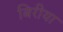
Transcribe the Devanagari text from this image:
बिरीया